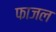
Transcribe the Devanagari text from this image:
फाजल